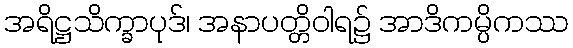
အရိဋ္ဌသိက္ခာပုဒ်၊ အနာပတ္တိဝါရ၌ အာဒိကမ္ပိကဿ